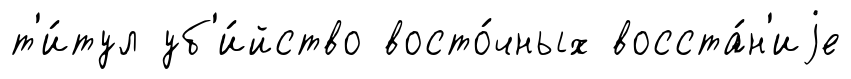
т'и́тул уб'и́йство восто́чных восста́н'иjе